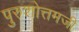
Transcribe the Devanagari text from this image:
पुरुशोत्तमजी